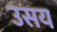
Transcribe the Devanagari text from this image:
उसय